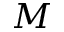
M